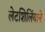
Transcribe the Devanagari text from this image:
लेटशिलिंयाने